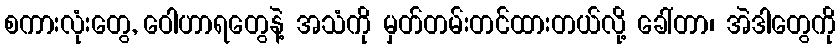
စကားလုံးတွေ, ဝေါဟာရတွေနဲ့ အသံကို မှတ်တမ်းတင်ထားတယ်လို့ ခေါ်တာ၊ အဲဒါတွေကို